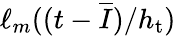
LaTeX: \ell_{m}((t-\overline{{I}})/h_{\mathrm{t}})